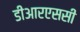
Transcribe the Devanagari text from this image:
डीआरएससी